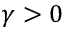
\gamma > 0